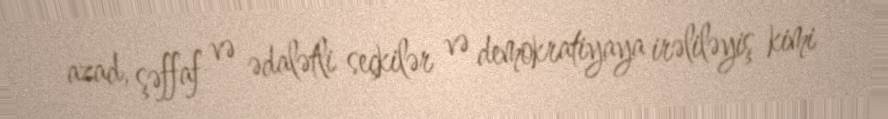
azad, şəffaf və ədalətli seçkilər və demokratiyaya irəliləyiş kimi